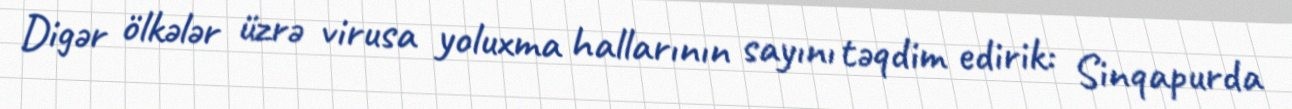
Digər ölkələr üzrə virusa yoluxma hallarının sayını təqdim edirik: Sinqapurda